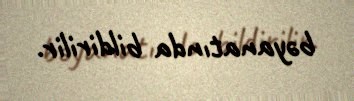
bəyanatında bildirilir.